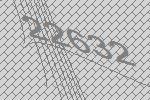
22632